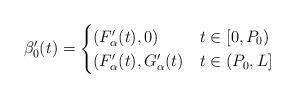
LaTeX: \begin{align*}\beta_0'(t) =\begin{cases}(F_\alpha'(t), 0) & t \in [0,P_0) \\(F_\alpha'(t), G_\alpha'(t) & t \in (P_0,L] \\\end{cases}\end{align*}